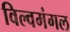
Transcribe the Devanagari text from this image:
विल्वमंगल